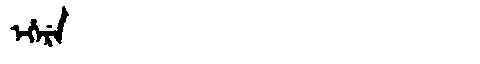
Manchu: ᡝᡥᡝᡵᡝ
Romanization: EHERE